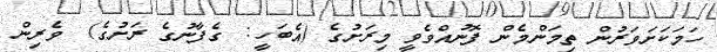
ހަމަކަށަވަރުން ތިމަންމެން ފޮނުއްވެވީ މިރަށުގެ (އެބަހީ:  ގެފާނުގެ ރަށުގެ)  ވެރިން